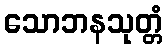
သောဘနသုတ္တံ